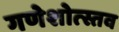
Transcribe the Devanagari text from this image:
गणेशोत्स्तव